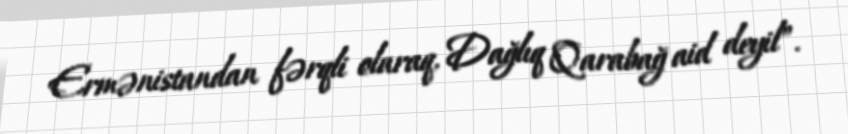
Ermənistandan fərqli olaraq, Dağlıq Qarabağ aid deyil”.